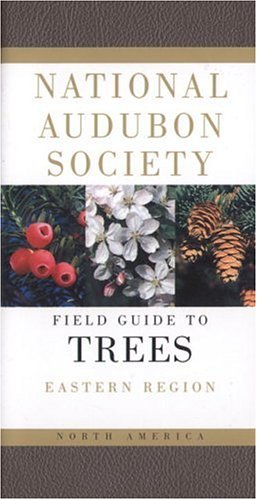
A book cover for Audubon Society Field Guide to North American Trees:  Eastern Region; NATIONAL AUDUBON SOCIETY; Science & Math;